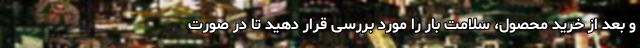
و بعد از خرید محصول، سلامت بار را مورد بررسی قرار دهید تا در صورت